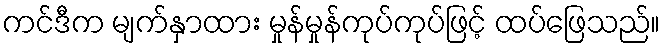
ကင်ဒီက မျက်နှာထား မှုန်မှုန်ကုပ်ကုပ်ဖြင့် ထပ်ဖြေသည်။